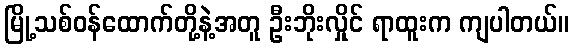
မြို့သစ်ဝန်ထောက်တို့နဲ့အတူ ဦးဘိုးလှိုင် ရာထူးက ကျပါတယ်။